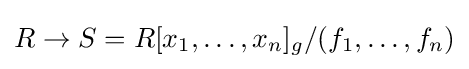
R\to S=R[x_{1},\ldots ,x_{n}]_{g}/(f_{1},\ldots ,f_{n})